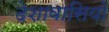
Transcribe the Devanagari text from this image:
देशावासियों